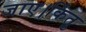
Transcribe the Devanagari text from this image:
जाए।किंतु